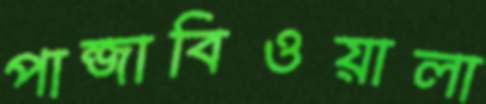
পান্জাবিওয়ালা